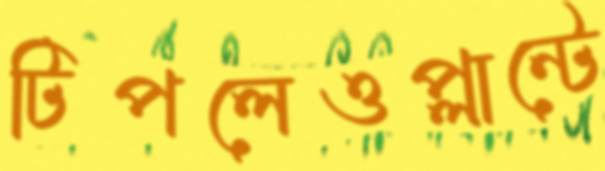
টিপলেওপ্লান্টে